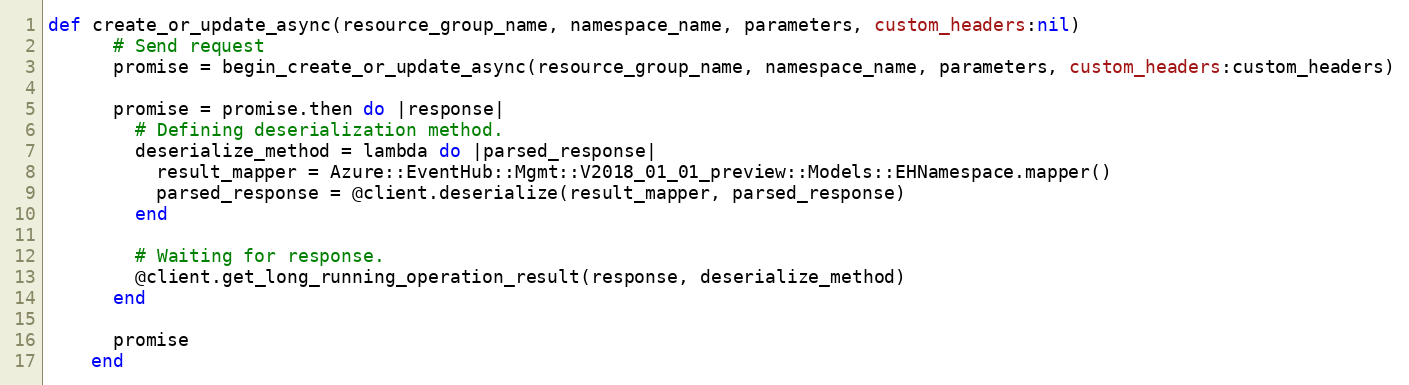
Language: Ruby
def create_or_update_async(resource_group_name, namespace_name, parameters, custom_headers:nil)
      # Send request
      promise = begin_create_or_update_async(resource_group_name, namespace_name, parameters, custom_headers:custom_headers)

      promise = promise.then do |response|
        # Defining deserialization method.
        deserialize_method = lambda do |parsed_response|
          result_mapper = Azure::EventHub::Mgmt::V2018_01_01_preview::Models::EHNamespace.mapper()
          parsed_response = @client.deserialize(result_mapper, parsed_response)
        end

        # Waiting for response.
        @client.get_long_running_operation_result(response, deserialize_method)
      end

      promise
    end